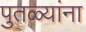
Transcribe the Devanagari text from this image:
पुतळ्यांना